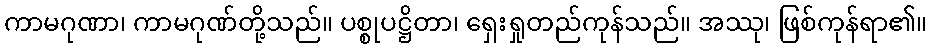
ကာမဂုဏာ၊ ကာမဂုဏ်တို့သည်။ ပစ္စုပဋ္ဌိတာ၊ ရှေးရှုတည်ကုန်သည်။ အဿု၊ ဖြစ်ကုန်ရာ၏။